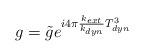
LaTeX: \begin{align*}g=\tilde g e^{i4\pi {k_{ext} \over k_{dyn}} T^3_{dyn}}\end{align*}